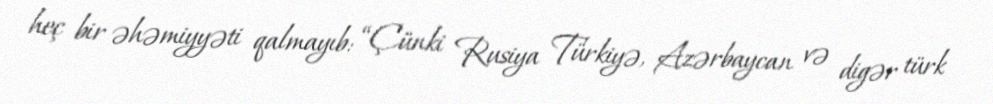
heç bir əhəmiyyəti qalmayıb: “Çünki Rusiya Türkiyə, Azərbaycan və digər türk